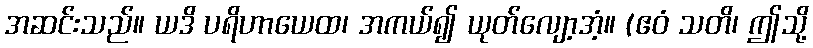
အဆင်းသည်။ ယဒိ ပရိဟာယေထ၊ အကယ်၍ ယုတ်လျော့အံ့။ (ဧဝံ သတိ၊ ဤသို့